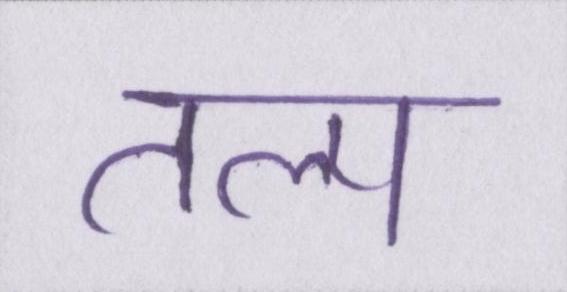
तल्प